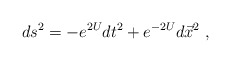
\begin{align*}ds^2 =-e^{2U} dt^2 + e^{-2U} d \vec x^2 \ ,\end{align*}